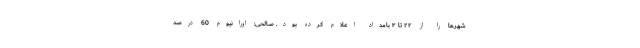
شهرها را از ۲۲ تا ۳ بامداد اعلام کرده بود. صالحی: اورانیوم 60 درصد